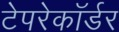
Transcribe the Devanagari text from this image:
टेपरेकॉर्डर